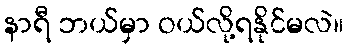
နာရီ ဘယ်မှာ ဝယ်လို့ရနိုင်မလဲ။